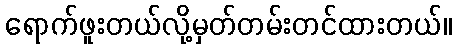
ရောက်ဖူးတယ်လို့မှတ်တမ်းတင်ထားတယ်။